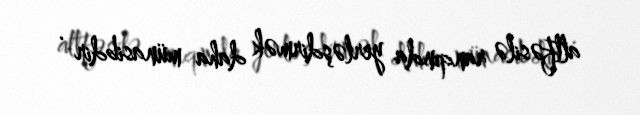
altfəsilə ranqında yerləşdirmək daha münasibdir .